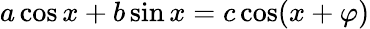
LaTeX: a\cos x+b\sin x=c\cos(x+\varphi)